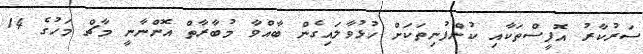
ސަރުކާރު އޮފީސްތަކާއި ކުންފުނިތަކަށް ހުޅުވާލައިގެން ބާއްވާ މުބާރާތް އޮންނާނީ މާޗް މަހުގެ 14